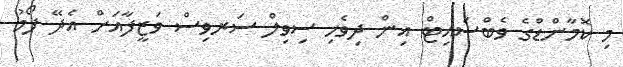
މި ކޮމާންޑްގެ ވެބްސައިޓް އިން ދިވެހި ސިވިލް ސަރވިސް ވަޒީފާއަށް އެދޭ ފޯމު